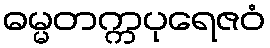
ဓမ္မတက္ကပုရေဇဝံ